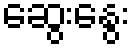
ဆွေးနွေး